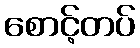
စောင့်တပ်